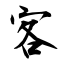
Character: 客